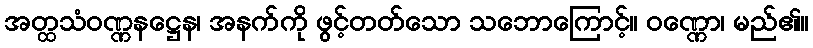
အတ္ထသံဝဏ္ဏနဋ္ဌေန၊ အနက်ကို ဖွင့်တတ်သော သဘောကြောင့်။ ဝဏ္ဏော၊ မည်၏။